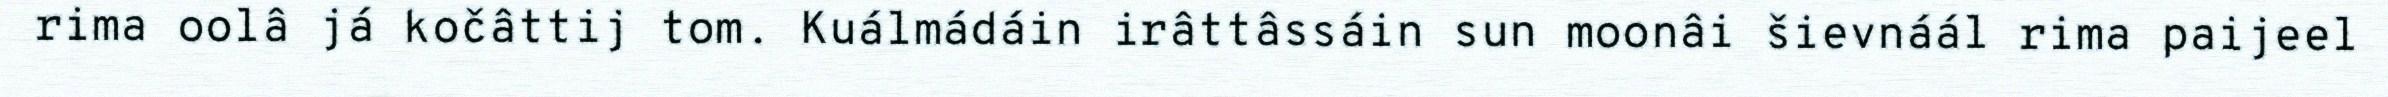
rima oolâ já kočâttij tom. Kuálmádáin irâttâssáin sun moonâi šievnáál rima paijeel